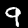
Label: 9